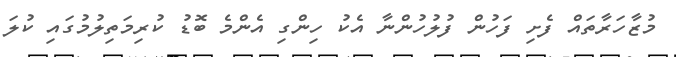
މުޒާހަރާތައް ފެށި ފަހުން ފުލުހުންނާ އެކު ހިންގި އެންމެ ބޮޑު ކުރިމަތިލުމުގައި ކުލަ